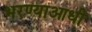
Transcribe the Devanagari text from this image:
भरण्याआधी